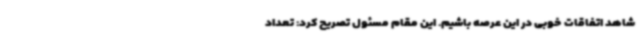
شاهد اتفاقات خوبی در این عرصه باشیم. این مقام مسئول تصریح کرد: تعداد